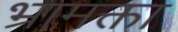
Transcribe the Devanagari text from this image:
भ्रामक्ता